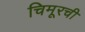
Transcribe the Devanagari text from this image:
चिमूरची